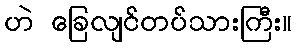
ဟဲ ခြေလျင်တပ်သားကြီး။